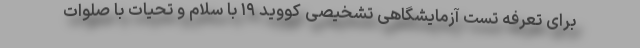
برای تعرفه تست آزمایشگاهی تشخیصی کووید ۱۹ با سلام و تحیات با صلوات